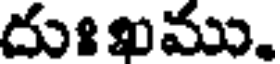
దుఃఖము.